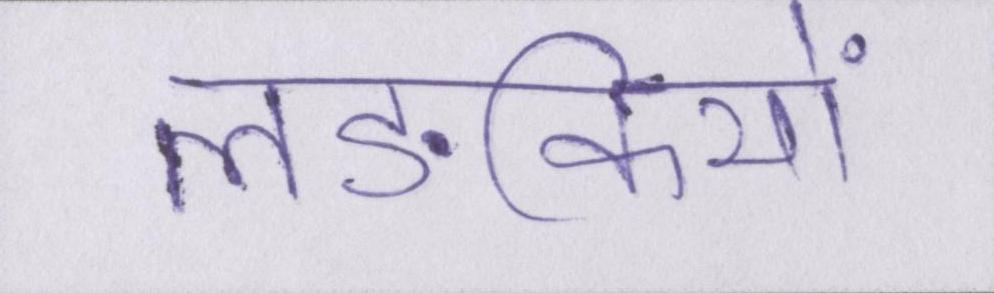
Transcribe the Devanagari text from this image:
लङकियों